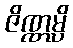
ဇိဏ္ဏမ္ပိ